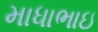
માધાભાઇ